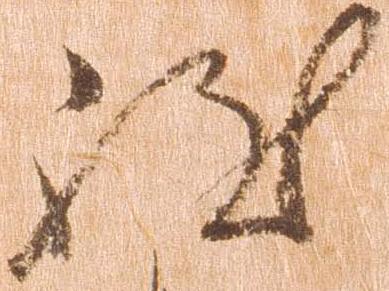
致